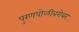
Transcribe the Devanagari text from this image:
पुरणपोळीबरोबर